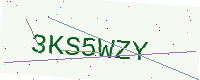
Text: 3KS5WZY